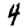
Digit: 4